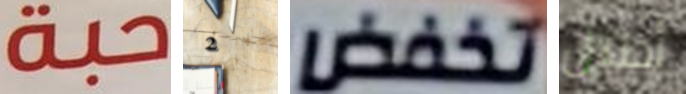
حبة 2 تخفض أطيل